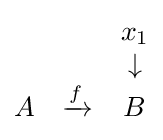
{\begin{matrix}&&x_{1}\\&&\downarrow \\A&\xrightarrow {f} &B\end{matrix}}